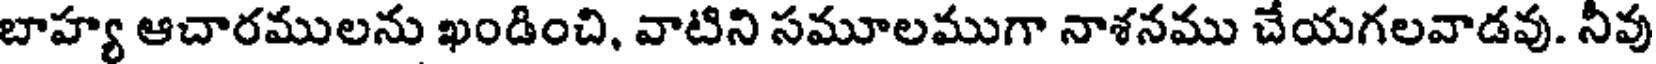
బాహ్య ఆచారములను ఖండించి, వాటిని సమూలముగా నాశనము చేయగలవాడవు. నీవు